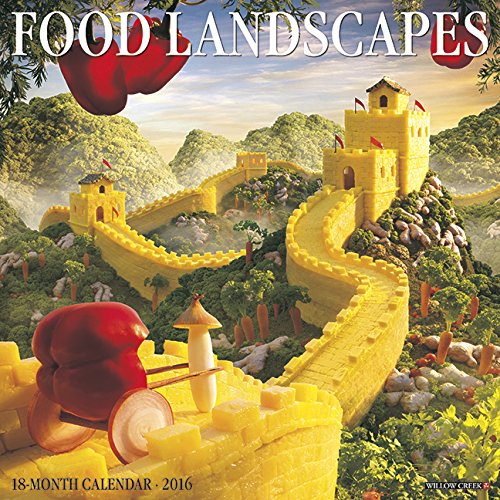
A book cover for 2016 Food Landscapes Wall Calendar; Willow Creek Press; Calendars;